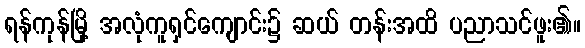
ရန်ကုန်မြို့ အလုံကူရှင်ကျောင်း၌ ဆယ် တန်းအထိ ပညာသင်ဖူး၏။